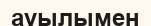
ауылымен